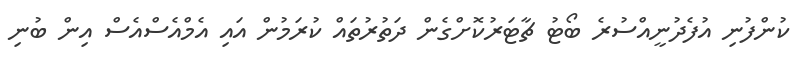
ކުންފުނި އުފެދުނީއްސުރެ ބޯޓު ޗާޓަރުކޮށްގެން ދަތުރުތައް ކުރަމުން އައި އެމްއެސްއެސް އިން ބުނި